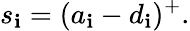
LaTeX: s_{\mathbf{i}}=(a_{\mathbf{i}}-d_{\mathbf{i}})^{+}.